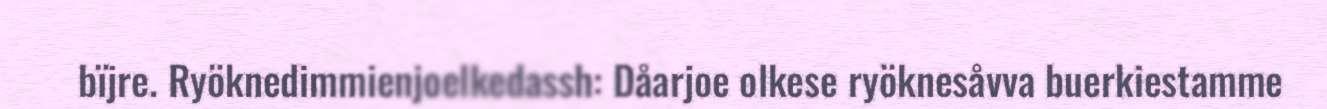
bïjre. Ryöknedimmienjoelkedassh: Dåarjoe olkese ryöknesåvva buerkiestamme